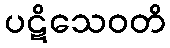
ပဋိသေဝတိ